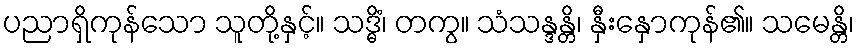
ပညာရှိကုန်သော သူတို့နှင့်။ သဒ္ဓိံ၊ တကွ။ သံသန္ဒန္တိ၊ နှီးနှောကုန်၏။ သမေန္တိ၊